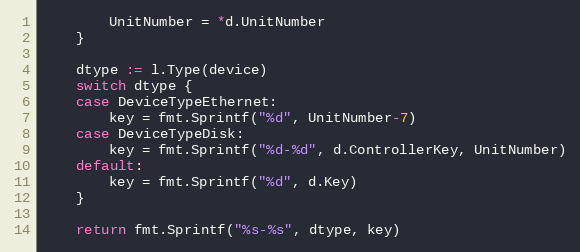
Language: Go
		UnitNumber = *d.UnitNumber
	}

	dtype := l.Type(device)
	switch dtype {
	case DeviceTypeEthernet:
		key = fmt.Sprintf("%d", UnitNumber-7)
	case DeviceTypeDisk:
		key = fmt.Sprintf("%d-%d", d.ControllerKey, UnitNumber)
	default:
		key = fmt.Sprintf("%d", d.Key)
	}

	return fmt.Sprintf("%s-%s", dtype, key)